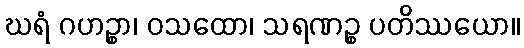
ဃရံ ဂဟဉ္စာ၊ ဝသထော၊ သရဏဉ္စ ပတိဿယော။